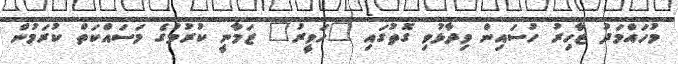
މުހައްމަދު ޒާހިރު ހުސައިން ވިދާޅުވި ގޮތުގައި "ހަވީރު" ޒަމާނީ ކުރުމުގެ މަސައްކަތް ކުރަމުން